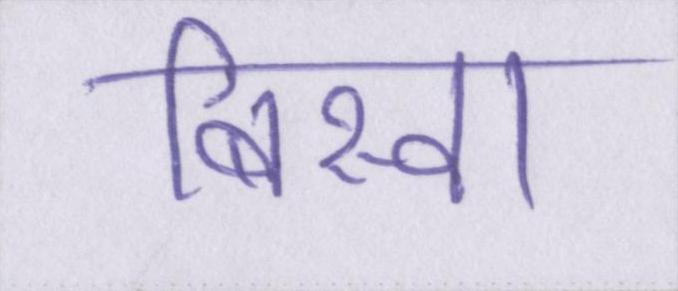
बिस्वा